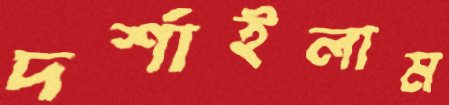
দর্শাইলাম